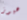
هيوز